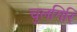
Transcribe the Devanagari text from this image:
चुलगिरि